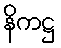
နိကဋ္ဌ